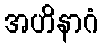
အဟိနာဂံ